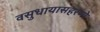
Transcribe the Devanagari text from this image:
वसुधायासहरणो